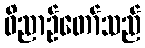
ဝိညာဉ်တော်သည်